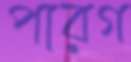
পারগ